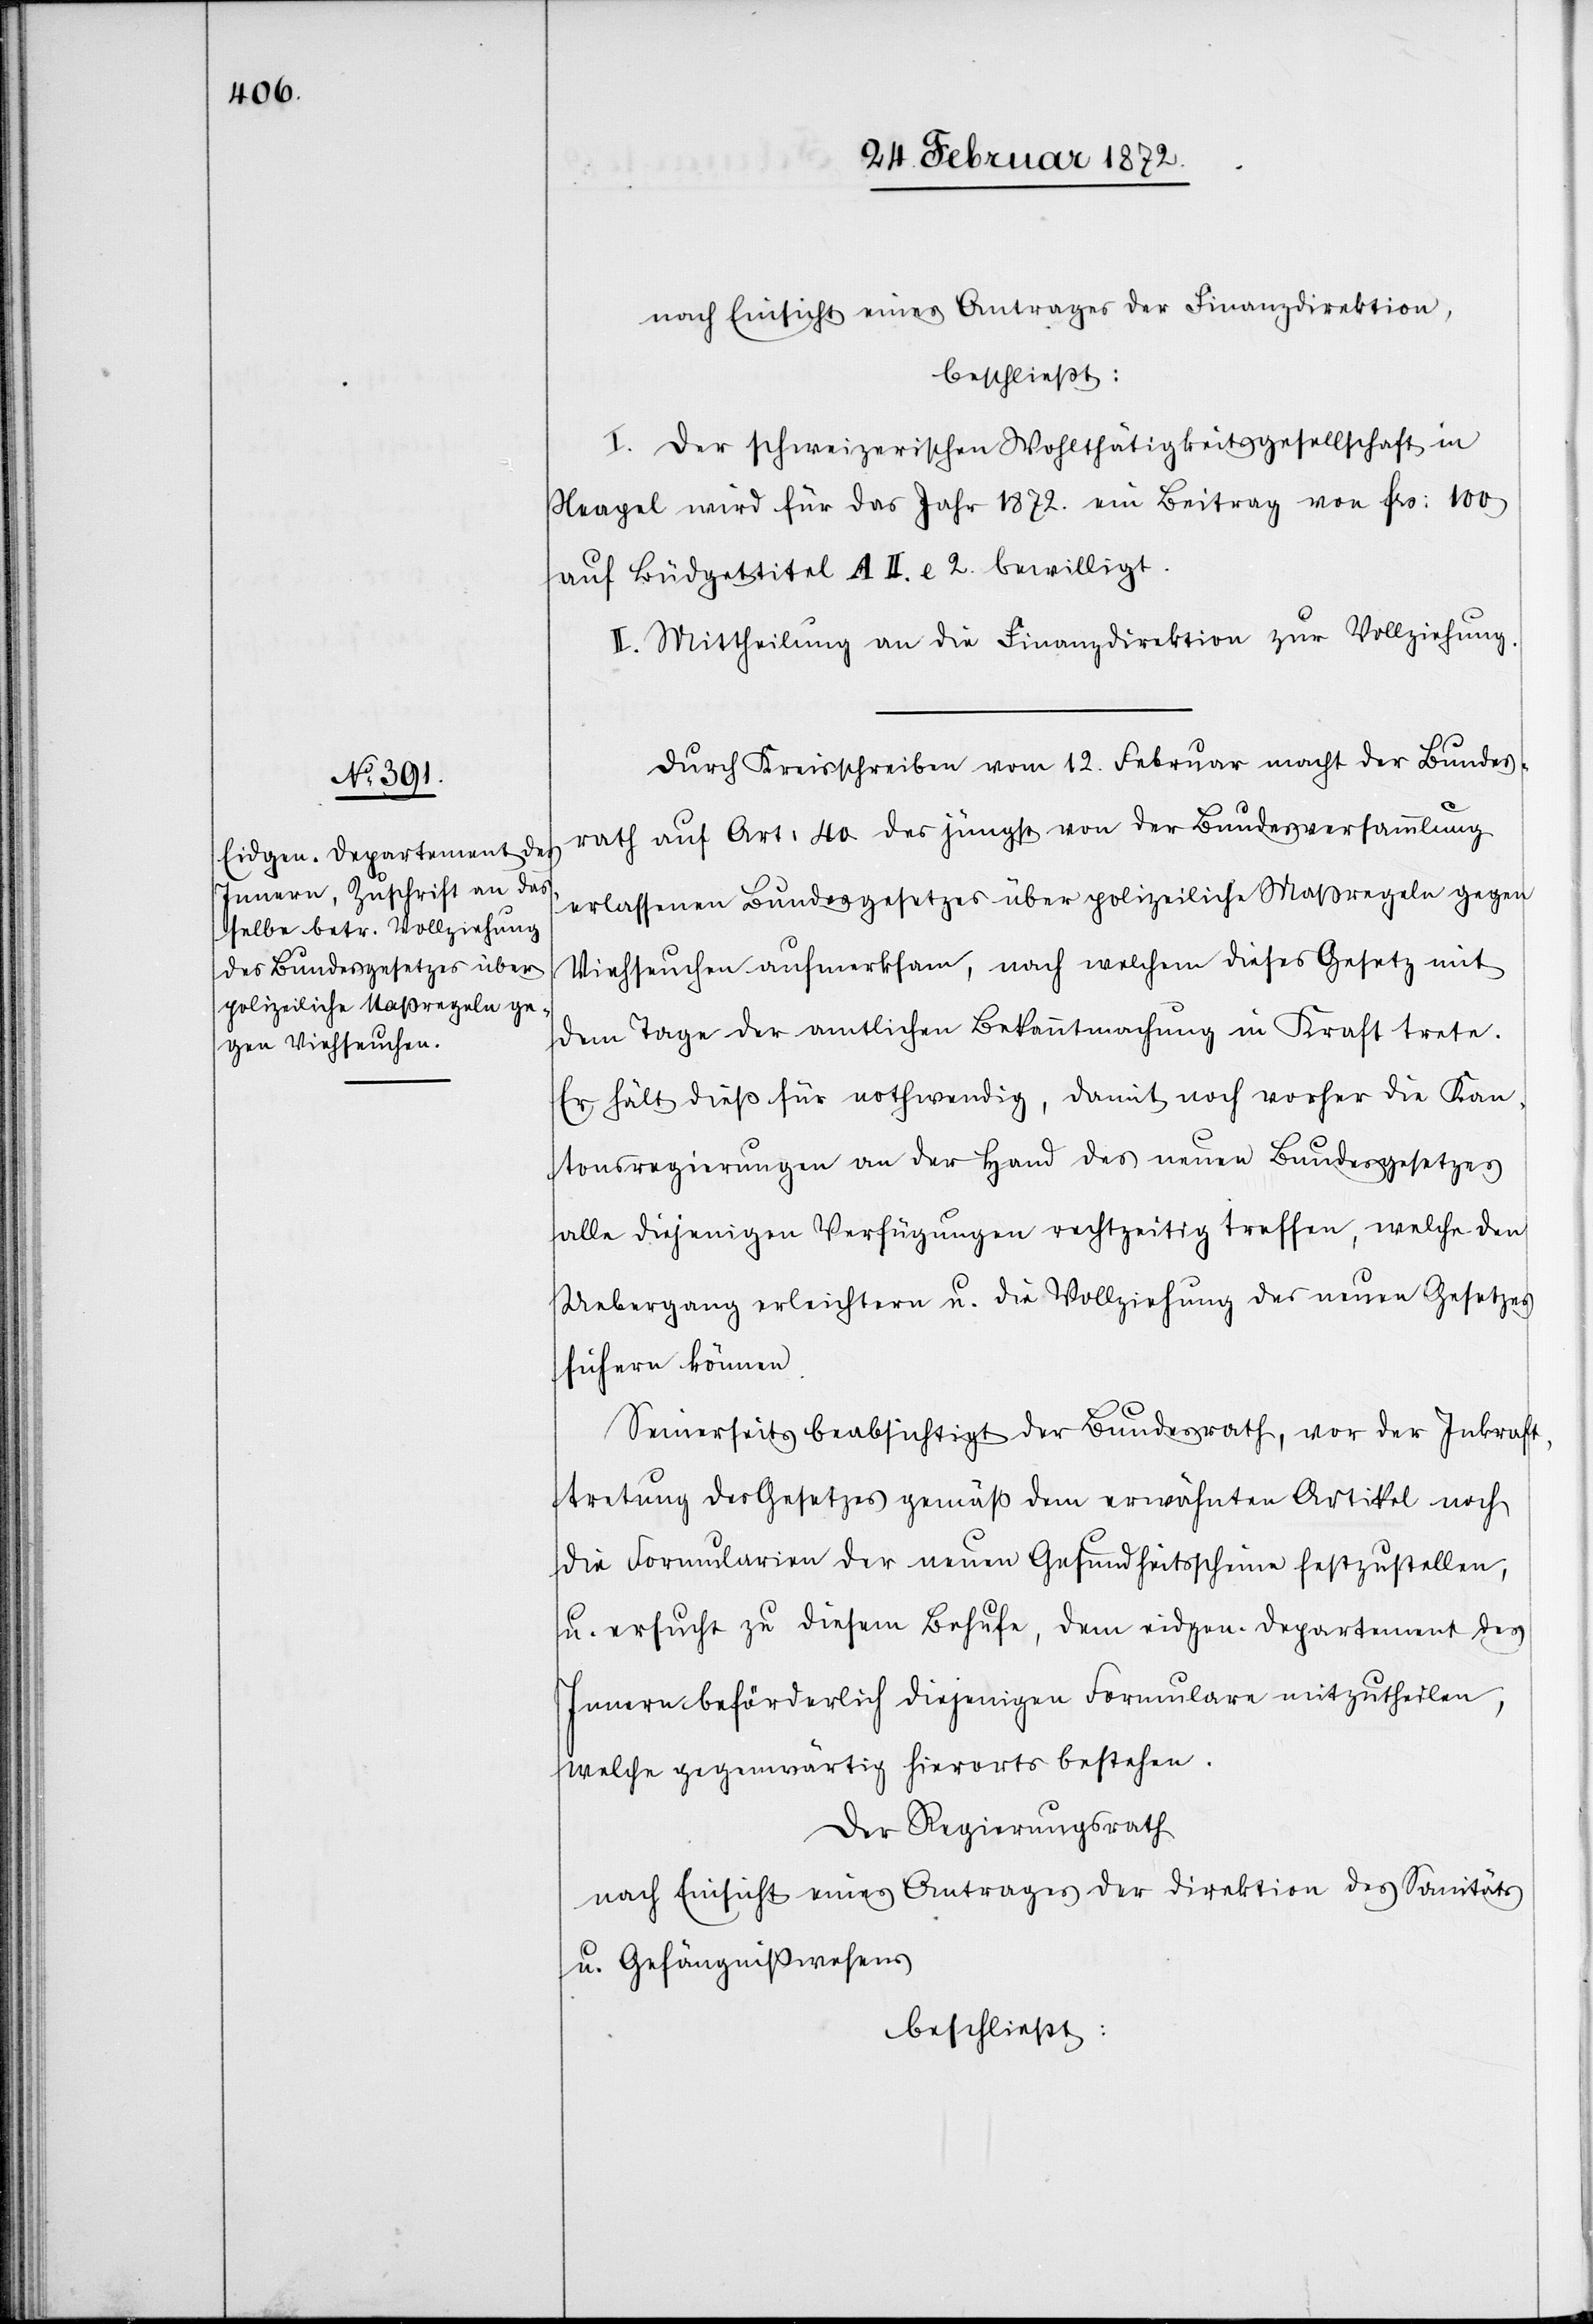
nach Einsicht eines Antrages der Finanzdirektion,
beschließt:
I. Der schweizerischen Wohltätigkeitsgesellschaft in
Neapel wird für das Jahr 1872. ein Beitrag von frs. 100
auf Büdgettitel A II. c. 2. bewilligt.
II. Mittheilung an die Finanzdirektion zur Vollziehung.
Durch Kreisschreiben vom 12. Februar macht der Bundes¬
rath auf Art. 40 des jüngst von der Bundesversammlung
erlassenen Bundesgesetzes über polizeiliche Maßregeln gegen
Viehsuchen aufmerksam, nach welchem dieses Gesetz mit
dem Tage der amtlichen Bekanntmachung in Kraft trete.
Er hält dieß für nothwendig, damit noch vorher die Kan¬
tonsregierungen an der Hand des neuen Bundesgesetzes
alle diejenigen Verfügungen rechtzeitig treffen, welche den
Uebergang erleichtern u. die Vollziehung des neuen Gesetzes
sichern können.
Seinerseits beabsichtigt der Bundesrath, vor der Inkraft¬
tretung des Gesetzes gemäß dem erwähnten Artikel noch
die Formularien der neuen Gesundheitsscheine festzustellen,
u. ersucht zu diesem Behufe, dem eidgen. Departement des
Innern beförderlich diejenigen Formulare mitzutheilen,
welche gegenwärtig hierorts bestehen.
Der Regierungsrath
nach Einsicht eines Antrages der Direktion des Sanitäts-
u. Gefängnißwesens
beschließt: